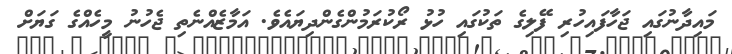
މައިދާނުގައި ޖަހާފައިހުރި ފޭލިގެ ތަކުގައި ހުޅު ރޯކުރަމުންގެންދިޔައެވެ. އަމާޒެއްނެތި ޖެހުނު މީހެއްގެ ގަޔަށް